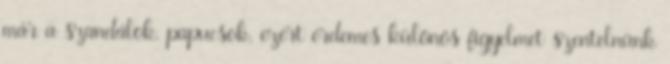
már a szandálok, papucsok, ezért érdemes különös figyelmet szentelnünk